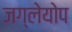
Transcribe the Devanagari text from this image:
जग्लेयोप